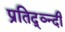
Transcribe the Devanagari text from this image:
प्रतिद्व्न्दी